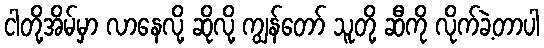
ငါတို့အိမ်မှာ လာနေလို့ ဆိုလို့ ကျွန်တော် သူတို့ ဆီကို လိုက်ခဲ့တာပါ